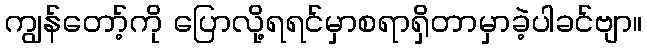
ကျွန်တော့်ကို ပြောလို့ရရင်မှာစရာရှိတာမှာခဲ့ပါခင်ဗျာ။